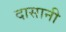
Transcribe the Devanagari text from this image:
दासानी